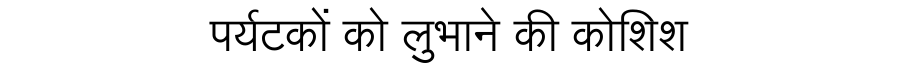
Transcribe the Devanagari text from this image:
पर्यटकों को लुभाने की कोशिश